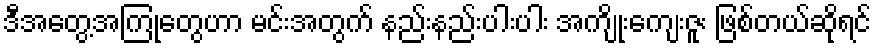
ဒီအတွေ့အကြုံတွေဟာ မင်းအတွက် နည်းနည်းပါးပါး အကျိုးကျေးဇူး ဖြစ်တယ်ဆိုရင်